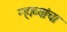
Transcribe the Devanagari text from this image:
न्हाव्यांचा